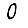
Digit: 0